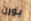
بورن